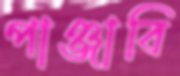
পাঞ্জাবি